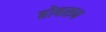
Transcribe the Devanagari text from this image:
होबसन